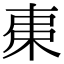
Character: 𣐺